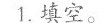
1.填空。